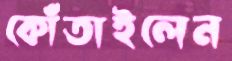
কোঁতাইলেন